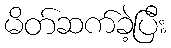
မိတ်ဆက်ခဲ့ပြီး